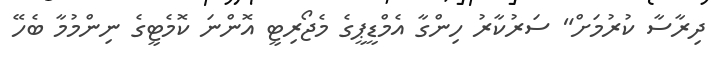
ދިރާސާ ކުރުމަށް" ސަރުކާރު ހިންގާ އެމްޑީޕީގެ މެޖޯރިޓީ އޮންނަ ކޮމެޓީގެ ނިންމުމާ ބެހޭ